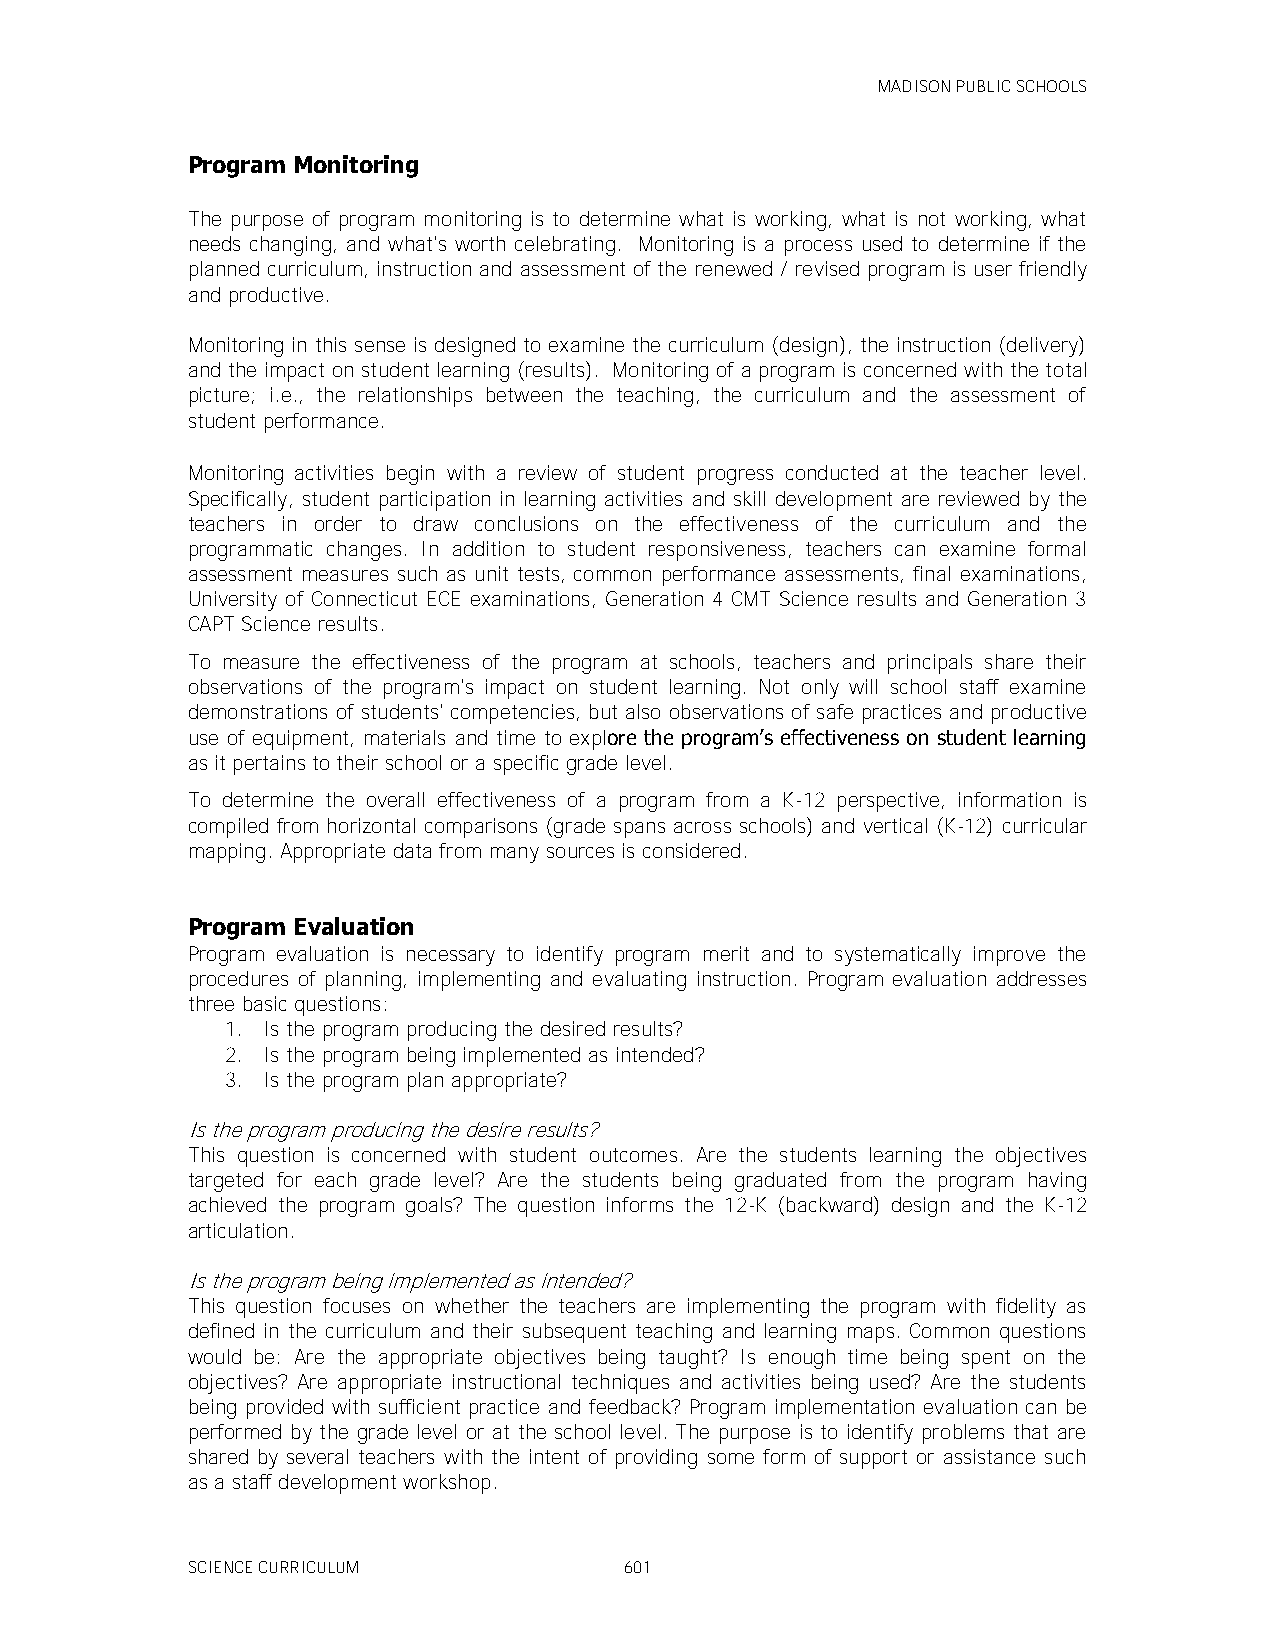
MADISON PUBLIC SCHOOLS
 Program Monitoring
 The purpose of program monitoring is to determine what is working, what is not working, what
 needs changing, and what's worth celebrating. Monitoring is a process used to determine if the
 planned curriculum, instruction and assessment of the renewed / revised program is user friendly
 and productive.
 Monitoring in this sense is designed to examine the curriculum (design), the instruction (delivery)
 and the impact on student learning (results). Monitoring of a program is concerned with the total
 picture; i.e., the relationships between the teaching, the curriculum and the assessment of
 student performance.
 Monitoring activities begin with a review of student progress conducted at the teacher level.
 Specifically, student participation in learning activities and skill development are reviewed by the
 teachers in order to draw conclusions on the effectiveness of the curriculum and the
 programmatic changes. In addition to student responsiveness, teachers can examine formal
 assessment measures such as unit tests, common performance assessments, final examinations,
 University of Connecticut ECE examinations, Generation 4 CMT Science results and Generation 3
 CAPT Science results.
 To measure the effectiveness of the program at schools, teachers and principals share their
 observations of the program's impact on student learning. Not only will school staff examine
 demonstrations of students' competencies, but also observations of safe practices and productive
 use of equipment, materials and time to explore the program’s effectiveness on student learning
 as it pertains to their school or a specific grade level.
 To determine the overall effectiveness of a program from a K-12 perspective, information is
 compiled from horizontal comparisons (grade spans across schools) and vertical (K-12) curricular
 mapping. Appropriate data from many sources is considered.
 Program Evaluation
 Program evaluation is necessary to identify program merit and to systematically improve the
 procedures of planning, implementing and evaluating instruction. Program evaluation addresses
 three basic questions:
 1. Is the program producing the desired results?
 2. Is the program being implemented as intended?
 3. Is the program plan appropriate?
 Is the program producing the desire results?
 This question is concerned with student outcomes. Are the students learning the objectives
 targeted for each grade level? Are the students being graduated from the program having
 achieved the program goals? The question informs the 12-K (backward) design and the K-12
 articulation.
 Is the program being implemented as intended?
 This question focuses on whether the teachers are implementing the program with fidelity as
 defined in the curriculum and their subsequent teaching and learning maps. Common questions
 would be: Are the appropriate objectives being taught? Is enough time being spent on the
 objectives? Are appropriate instructional techniques and activities being used? Are the students
 being provided with sufficient practice and feedback? Program implementation evaluation can be
 performed by the grade level or at the school level. The purpose is to identify problems that are
 shared by several teachers with the intent of providing some form of support or assistance such
 as a staff development workshop.
 SCIENCE CURRICULUM           601